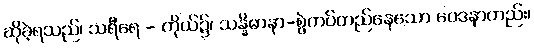
ဆိုခဲ့ရသည်၊ သရီရေ - ကိုယ်၌၊ သန္နိဓာနာ-စွဲကပ်တည်နေသော ဝေဒနာတည်း၊